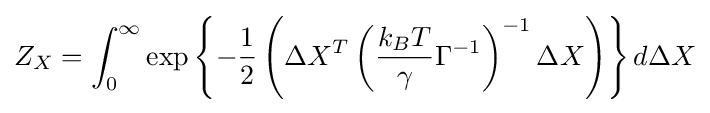
Z_{X}=\int _{0}^{\infty }\exp \left\{-{\frac {1}{2}}\left(\Delta X^{T}\left({\frac {k_{B}T}{\gamma }}\Gamma ^{-1}\right)^{-1}\Delta X\right)\right\}d\Delta X